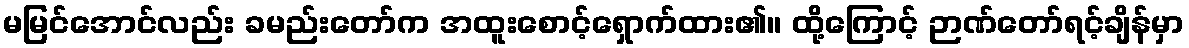
မမြင်အောင်လည်း ခမည်းတော်က အထူးစောင့်ရှောက်ထား၏။ ထို့ကြောင့် ဉာဏ်တော်ရင့်ချိန်မှာ